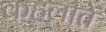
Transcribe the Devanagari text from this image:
कहलातें